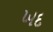
ખદ